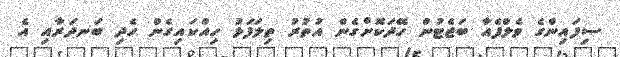
ސިފައިންގެ ވެލްފެއާ ބަޖެޓުން ހޭދަކޮށްގެން އުތުރު ތިލަފަޅު ހިއްކައިގެން ހެދި ބަނދަރާއި އެ